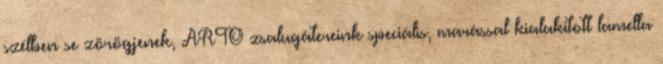
szélben se zörögjenek, ARTO zsalugátereink speciális, marással kialakított lamella